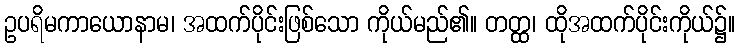
ဥပရိမကာယောနာမ၊ အထက်ပိုင်းဖြစ်သော ကိုယ်မည်၏။ တတ္ထ၊ ထိုအထက်ပိုင်းကိုယ်၌။